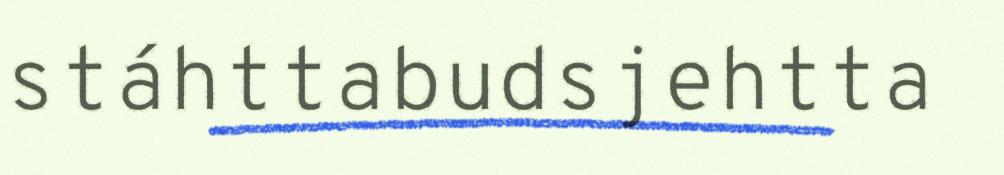
stáhttabudsjehtta